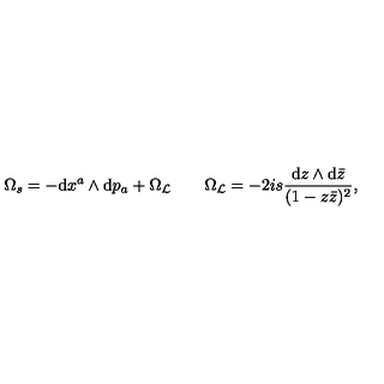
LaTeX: \Omega _ { s } = - \mathrm { d } x ^ { a } \wedge \mathrm { d } p _ { a } + \Omega _ { \cal L } \qquad \Omega _ { \cal L } = - 2 i s \frac { \mathrm { d } z \wedge \mathrm { d } \bar { z } } { ( 1 - z \bar { z } ) ^ { 2 } } ,